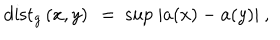
\mathrm { d i s t } _ { g } \left( x , y \right) \ = \ \mathrm { s u p } \ | a ( x ) - a ( y ) | \ ,